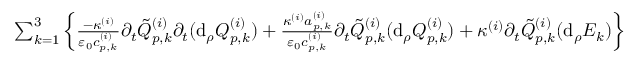
\begin{array} { r l } { \sum _ { k = 1 } ^ { 3 } \left\{ \frac { - \kappa ^ { ( i ) } } { \varepsilon _ { 0 } c _ { p , k } ^ { ( i ) } } \partial _ { t } \tilde { Q } _ { p , k } ^ { ( i ) } \partial _ { t } ( \mathrm { d } _ { \rho } Q _ { p , k } ^ { ( i ) } ) + \frac { \kappa ^ { ( i ) } a _ { p , k } ^ { ( i ) } } { \varepsilon _ { 0 } c _ { p , k } ^ { ( i ) } } \partial _ { t } \tilde { Q } _ { p , k } ^ { ( i ) } ( \mathrm { d } _ { \rho } Q _ { p , k } ^ { ( i ) } ) + \kappa ^ { ( i ) } \partial _ { t } \tilde { Q } _ { p , k } ^ { ( i ) } ( \mathrm { d } _ { \rho } E _ { k } ) \right\} } & { { } = 0 . } \end{array}